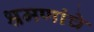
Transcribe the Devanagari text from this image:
श्रमणांचे